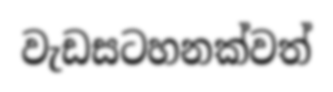
වැඩසටහනක්වත්